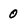
Character: 0